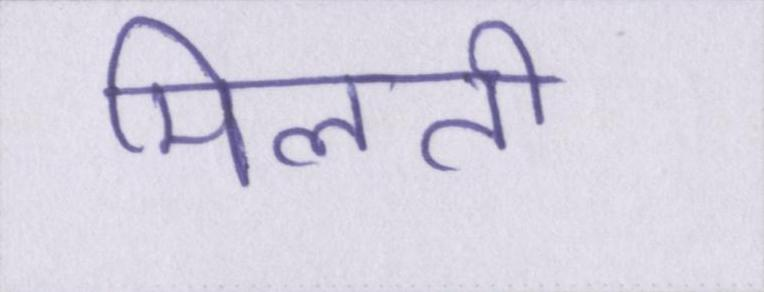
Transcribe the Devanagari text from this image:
मिलती